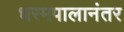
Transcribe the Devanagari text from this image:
धरमपालानंतर